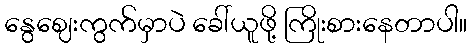
နွေဈေးကွက်မှာပဲ ခေါ်ယူဖို့ ကြိုးစားနေတာပါ။